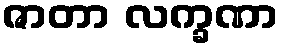
ဇာတာ လက္ခဏာ